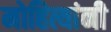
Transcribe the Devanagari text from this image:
मोहित्यांनी